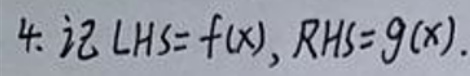
4. 记 \(LHS = f(x), RHS = g(x)\).